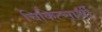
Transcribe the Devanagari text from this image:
चिकित्सार्थी